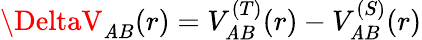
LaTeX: \DeltaV_{\mathit{A}B}(r)=V_{\mathit{A}B}^{(T)}(r)-V_{\mathit{A}B}^{(S)}(r)